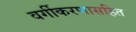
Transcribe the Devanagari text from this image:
वर्गीकरणासहित